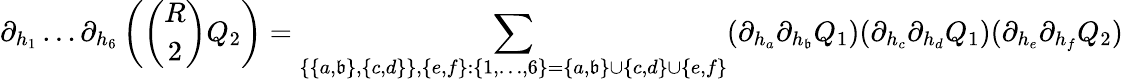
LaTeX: \partial_{h_{1}}\dots\partial_{h_{6}}\left(\binom{R}{2}Q_{2}\right)=\sum_{\{ \{ a,\mathfrak{b}\} ,\{ c,d\} \} ,\{ e,f\} :\{ 1,\dots,6\} =\{ a,\mathfrak{b}\} \cup\{ c,d\} \cup\{ e,f\} }(\partial_{h_{a}}\partial_{h_{\mathfrak{b}}}Q_{1})(\partial_{h_{c}}\partial_{h_{d}}Q_{1})(\partial_{h_{e}}\partial_{h_{f}}Q_{2})